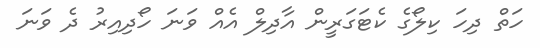
ހަތް ދިހަ ކިލޯގެ ކެޓަގަރީން އާދިލް އެއް ވަނަ ހޯދިއިރު ދެ ވަނަ